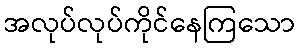
အလုပ်လုပ်ကိုင်နေကြသော